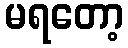
မရတော့